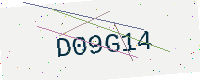
Text: D09G14